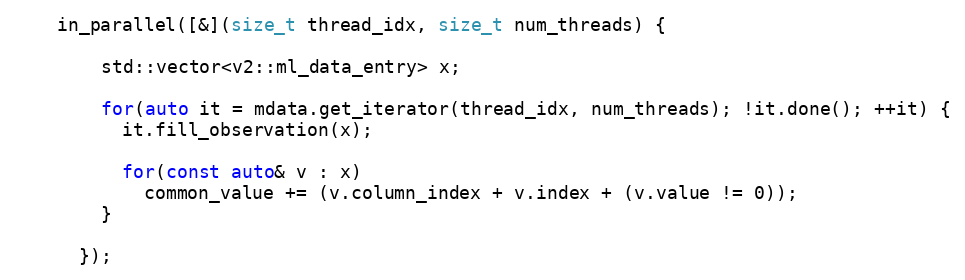
Language: C++
    in_parallel([&](size_t thread_idx, size_t num_threads) {

        std::vector<v2::ml_data_entry> x;

        for(auto it = mdata.get_iterator(thread_idx, num_threads); !it.done(); ++it) {
          it.fill_observation(x);

          for(const auto& v : x)
            common_value += (v.column_index + v.index + (v.value != 0));
        }

      });